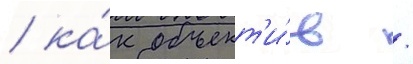
/ ка́к объект'и́в /